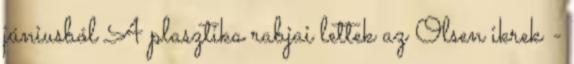
júniusból A plasztika rabjai lettek az Olsen ikrek -